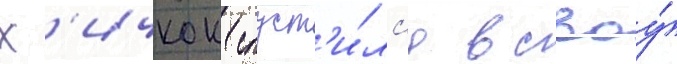
Х'ичкок спуст'и́лс'я в своу́